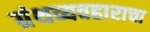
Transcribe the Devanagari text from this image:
ग्रंथव्यवहाराचा